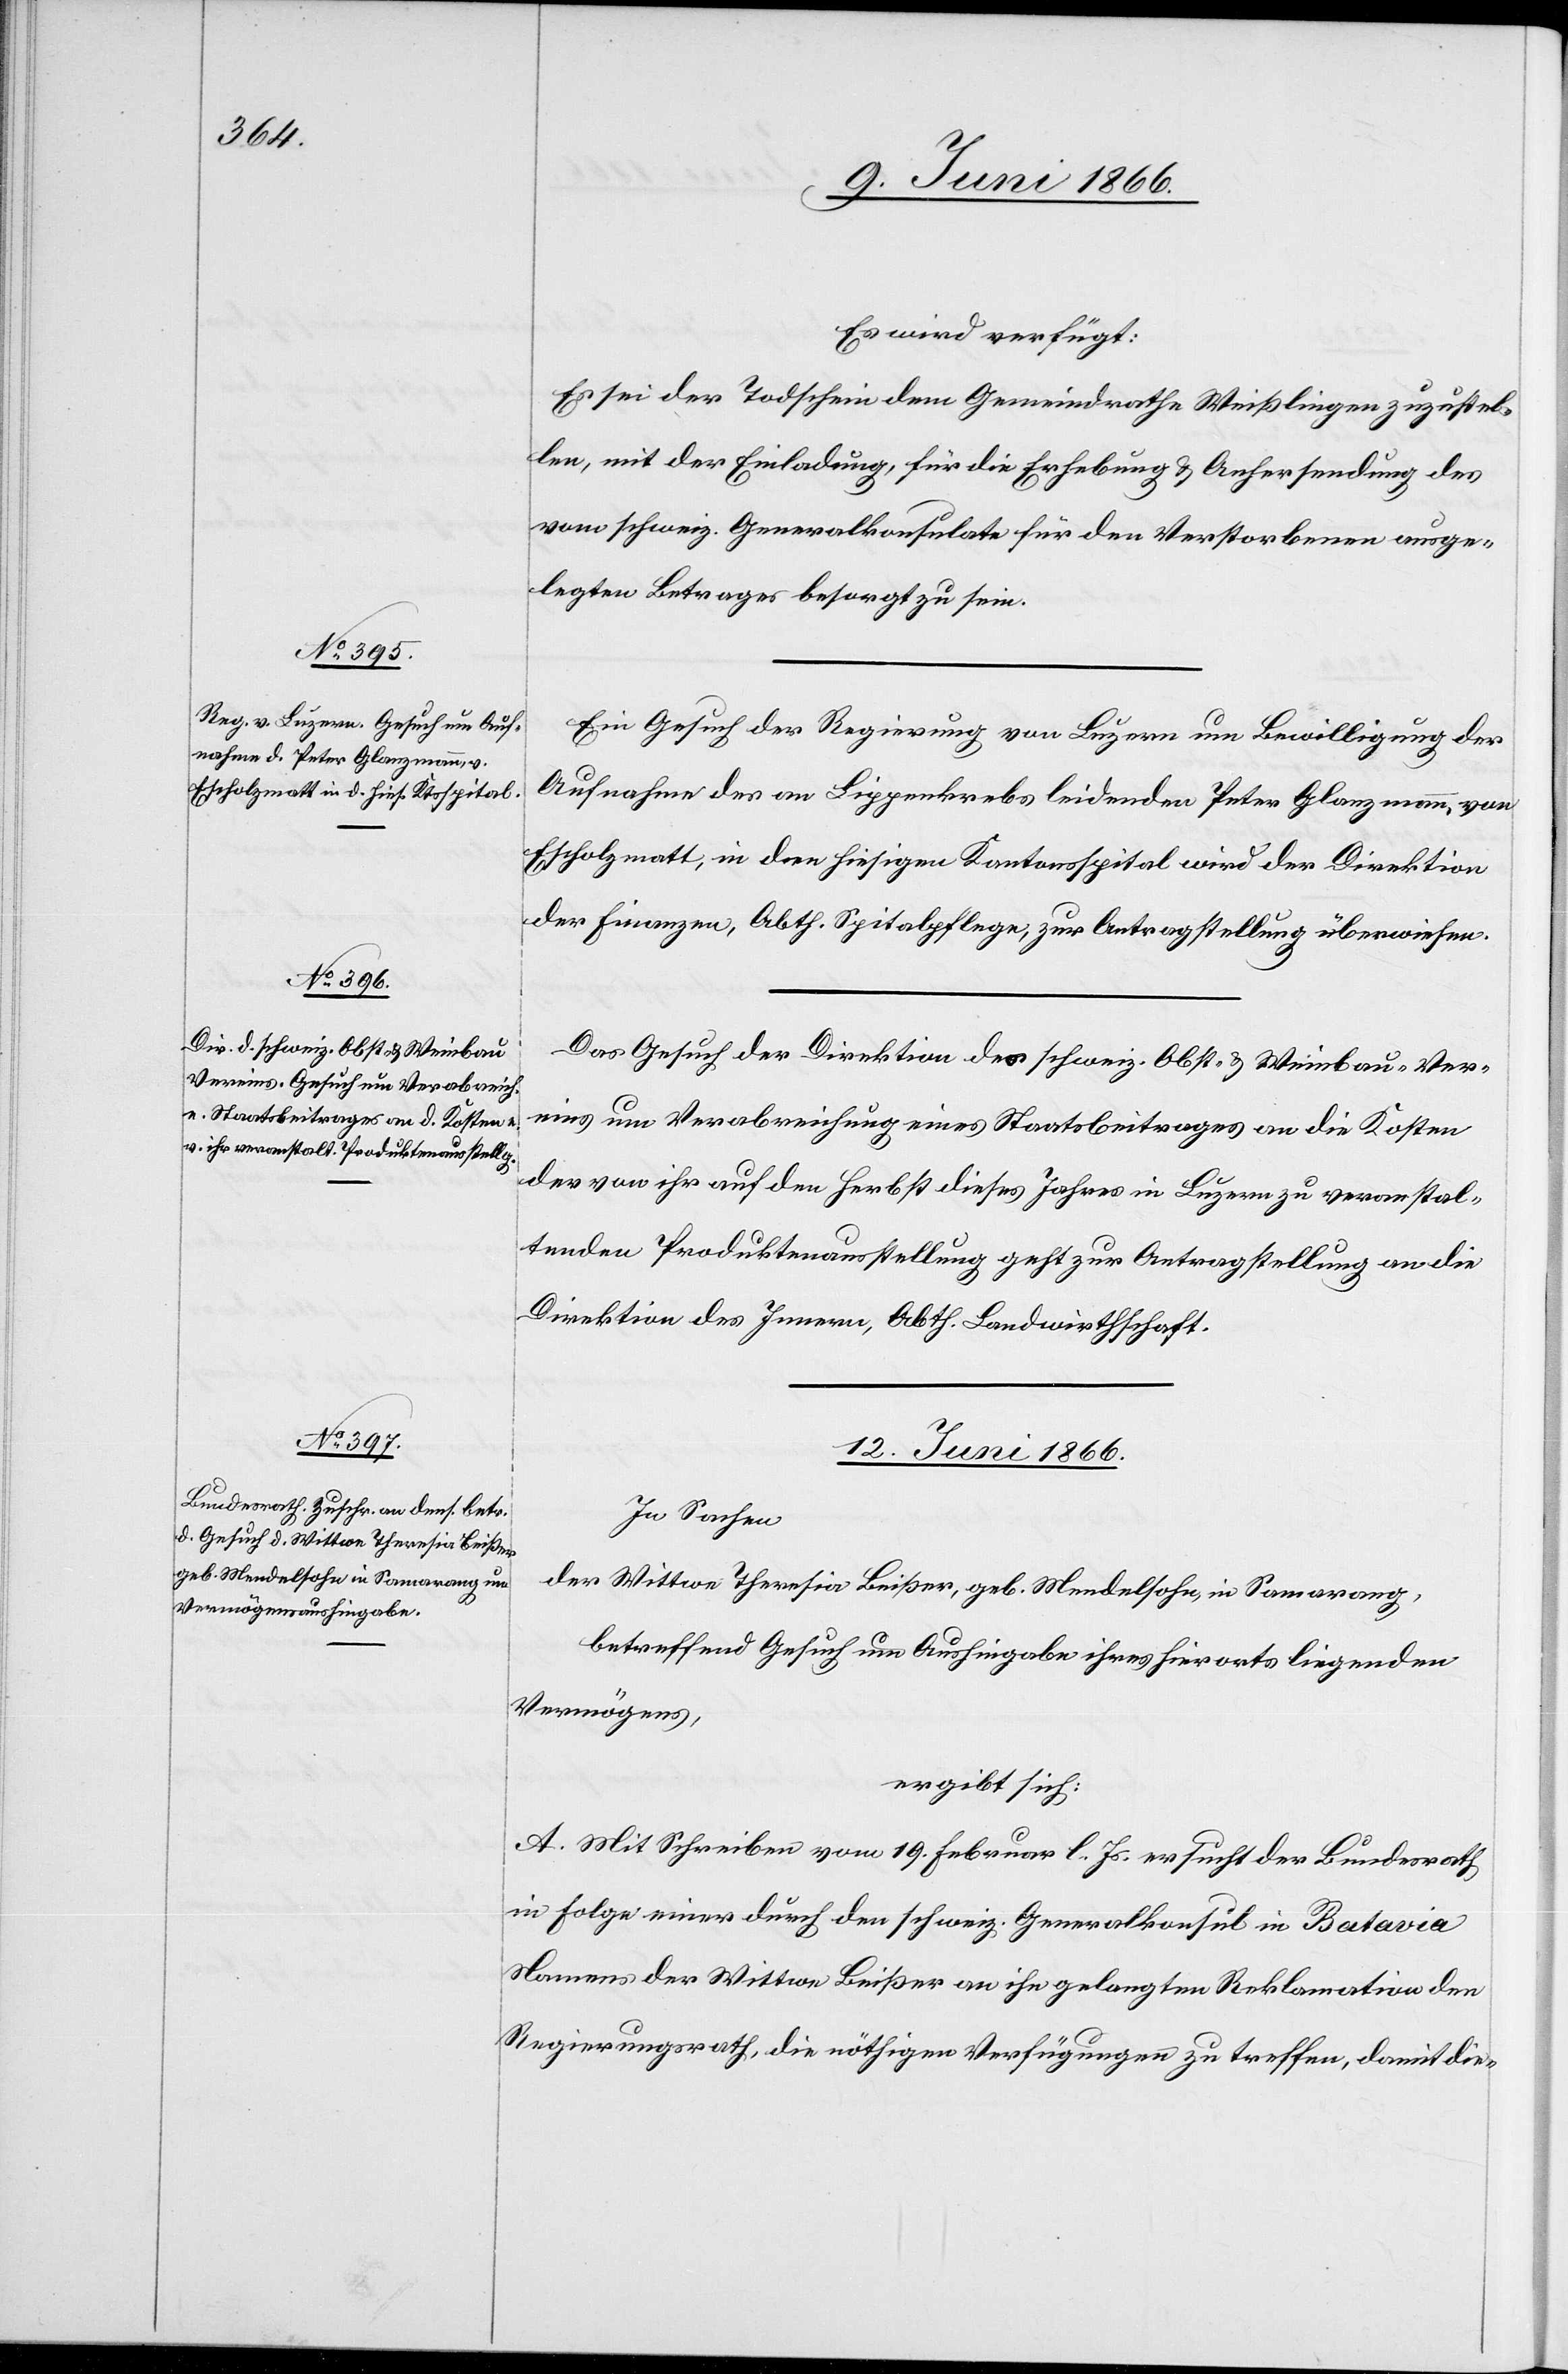
Es wird verfügt:
Es sei der Todschein dem Gemeindrathe Weißlingen zuzustel¬
len, mit der Einladung, für die Erhebung u. Anfertigung des
vom schweiz. Generalkonsulate für den Verstorbenen ausge¬
legten Betrages besorgt zu sein.
Ein Gesuch der Regierung von Luzern um Bewilligung der
Aufnahme des am Lippenkrebs leidenden Peter Glanzmann, von
Escholzmatt, in den hiesigen Kantonsspital wird der Direktion
der Finanzen, Abth. Spitalpflege, zur Antragstellung überwiesen.
Das Gesuch der Direktion des schweiz. Obst- u. Weinbau-Ver¬
eins um Verabreichung eines Staatsbeitrages an die Kosten
der von ihr auf den Herbst dieses Jahres in Luzern zu veranstal¬
tenden Produktenausstellung geht zur Antragstellung an die
Direktion des Innern, Abth. Landwirthschaft.
12. Juni 1866.
In Sachen
der Wittwe Theresia Beißer, geb. Mendelsohn, in Samarang,
betreffend Gesuch um Aushingabe ihres hierorts liegenden
Vermögens,
ergibt sich:
A. Mit Schreiben vom 19. Februar l. Js. ersucht der Bundesrath
in Folge einer durch den schweiz. Generalkonsul in Batavia
Namens der Wittwe Beißer an ihn gelangten Reklamation den
Regierungsrath, die nöthigen Verfügungen zu treffen, damit die-